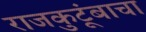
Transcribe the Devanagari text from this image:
राजकुटूंबाचा